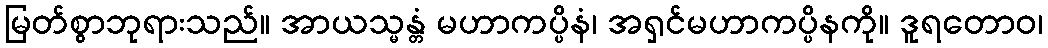
မြတ်စွာဘုရားသည်။ အာယသ္မန္တံ မဟာကပ္ပိနံ၊ အရှင်မဟာကပ္ပိနကို။ ဒူရတောဝ၊